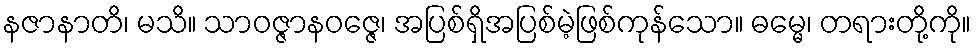
နဇာနာတိ၊ မသိ။ သာဝဇ္ဇာနဝဇ္ဇေ၊ အပြစ်ရှိအပြစ်မဲ့ဖြစ်ကုန်သော။ ဓမ္မေ၊ တရားတို့ကို။